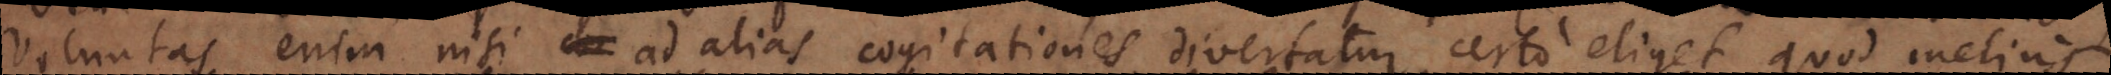
Voluntas enim nisi ad alias cogitationes divertatur certo eliget quod melius